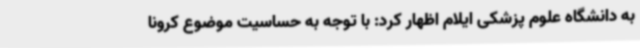
به دانشگاه علوم پزشکی ایلام اظهار کرد: با توجه به حساسیت موضوع کرونا